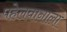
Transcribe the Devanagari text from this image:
पहेलवानाला